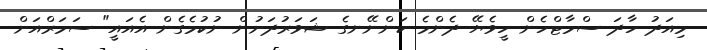
މިއަދު ހާދަ ސްމާޓްހެން ހީވެޔޭ ދެންމެ ކަންނޭނގެ ޝަވަރުދަށުން ނުކުމެގެން އެއައީ" ސަމަރްއަށް